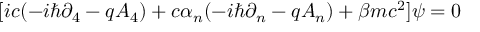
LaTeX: \lbrack i c ( - i \hbar \partial _ { 4 } - q A _ { 4 } ) + c \alpha _ { n } ( - i \hbar \partial _ { n } - q A _ { n } ) + \beta m c ^ { 2 } ] \psi = 0